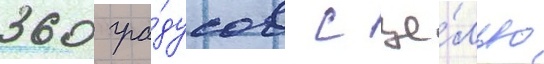
360 гра́дусов с це́лью